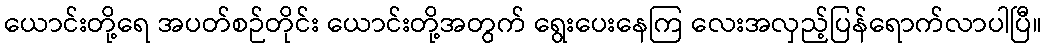
ယောင်းတို့ရေ အပတ်စဉ်တိုင်း ယောင်းတို့အတွက် ရွေးပေးနေကြ လေးအလှည့်ပြန်ရောက်လာပါပြီ။